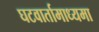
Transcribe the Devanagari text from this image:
घटवार्तामाध्यमा